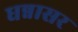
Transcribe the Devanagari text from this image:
धन्नासर